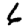
Digit: 6